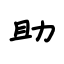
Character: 助